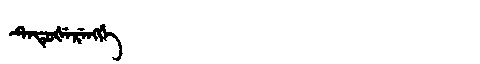
Manchu: ᡨᡝᡨᡠᡧᡝᡵᡝᠩᡤᡝ
Romanization: TETUŠERENGGE